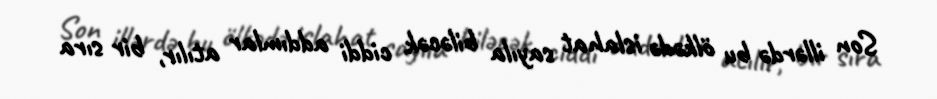
Son illərdə bu ölkədə islahat sayıla biləcək ciddi addımlar atılır, bir sıra